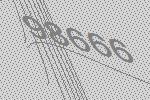
98666